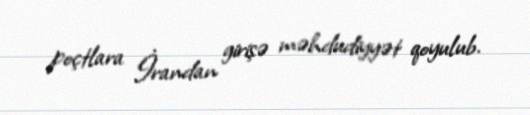
poçtlara İrandan girişə məhdudiyyət qoyulub.